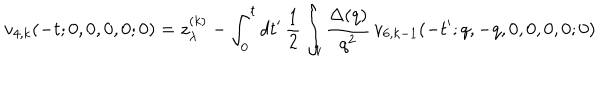
LaTeX: v _ { 4 , k } ( - t ; 0 , 0 , 0 , 0 ; 0 ) = z _ { \lambda } ^ { ( k ) } - \int _ { 0 } ^ { t } d t ^ { \prime } \, \frac { 1 } { 2 } \int _ { q } \frac { \Delta ( q ) } { q ^ { 2 } } \, v _ { 6 , k - 1 } ( - t ^ { \prime } ; q , - q , 0 , 0 , 0 , 0 ; 0 )